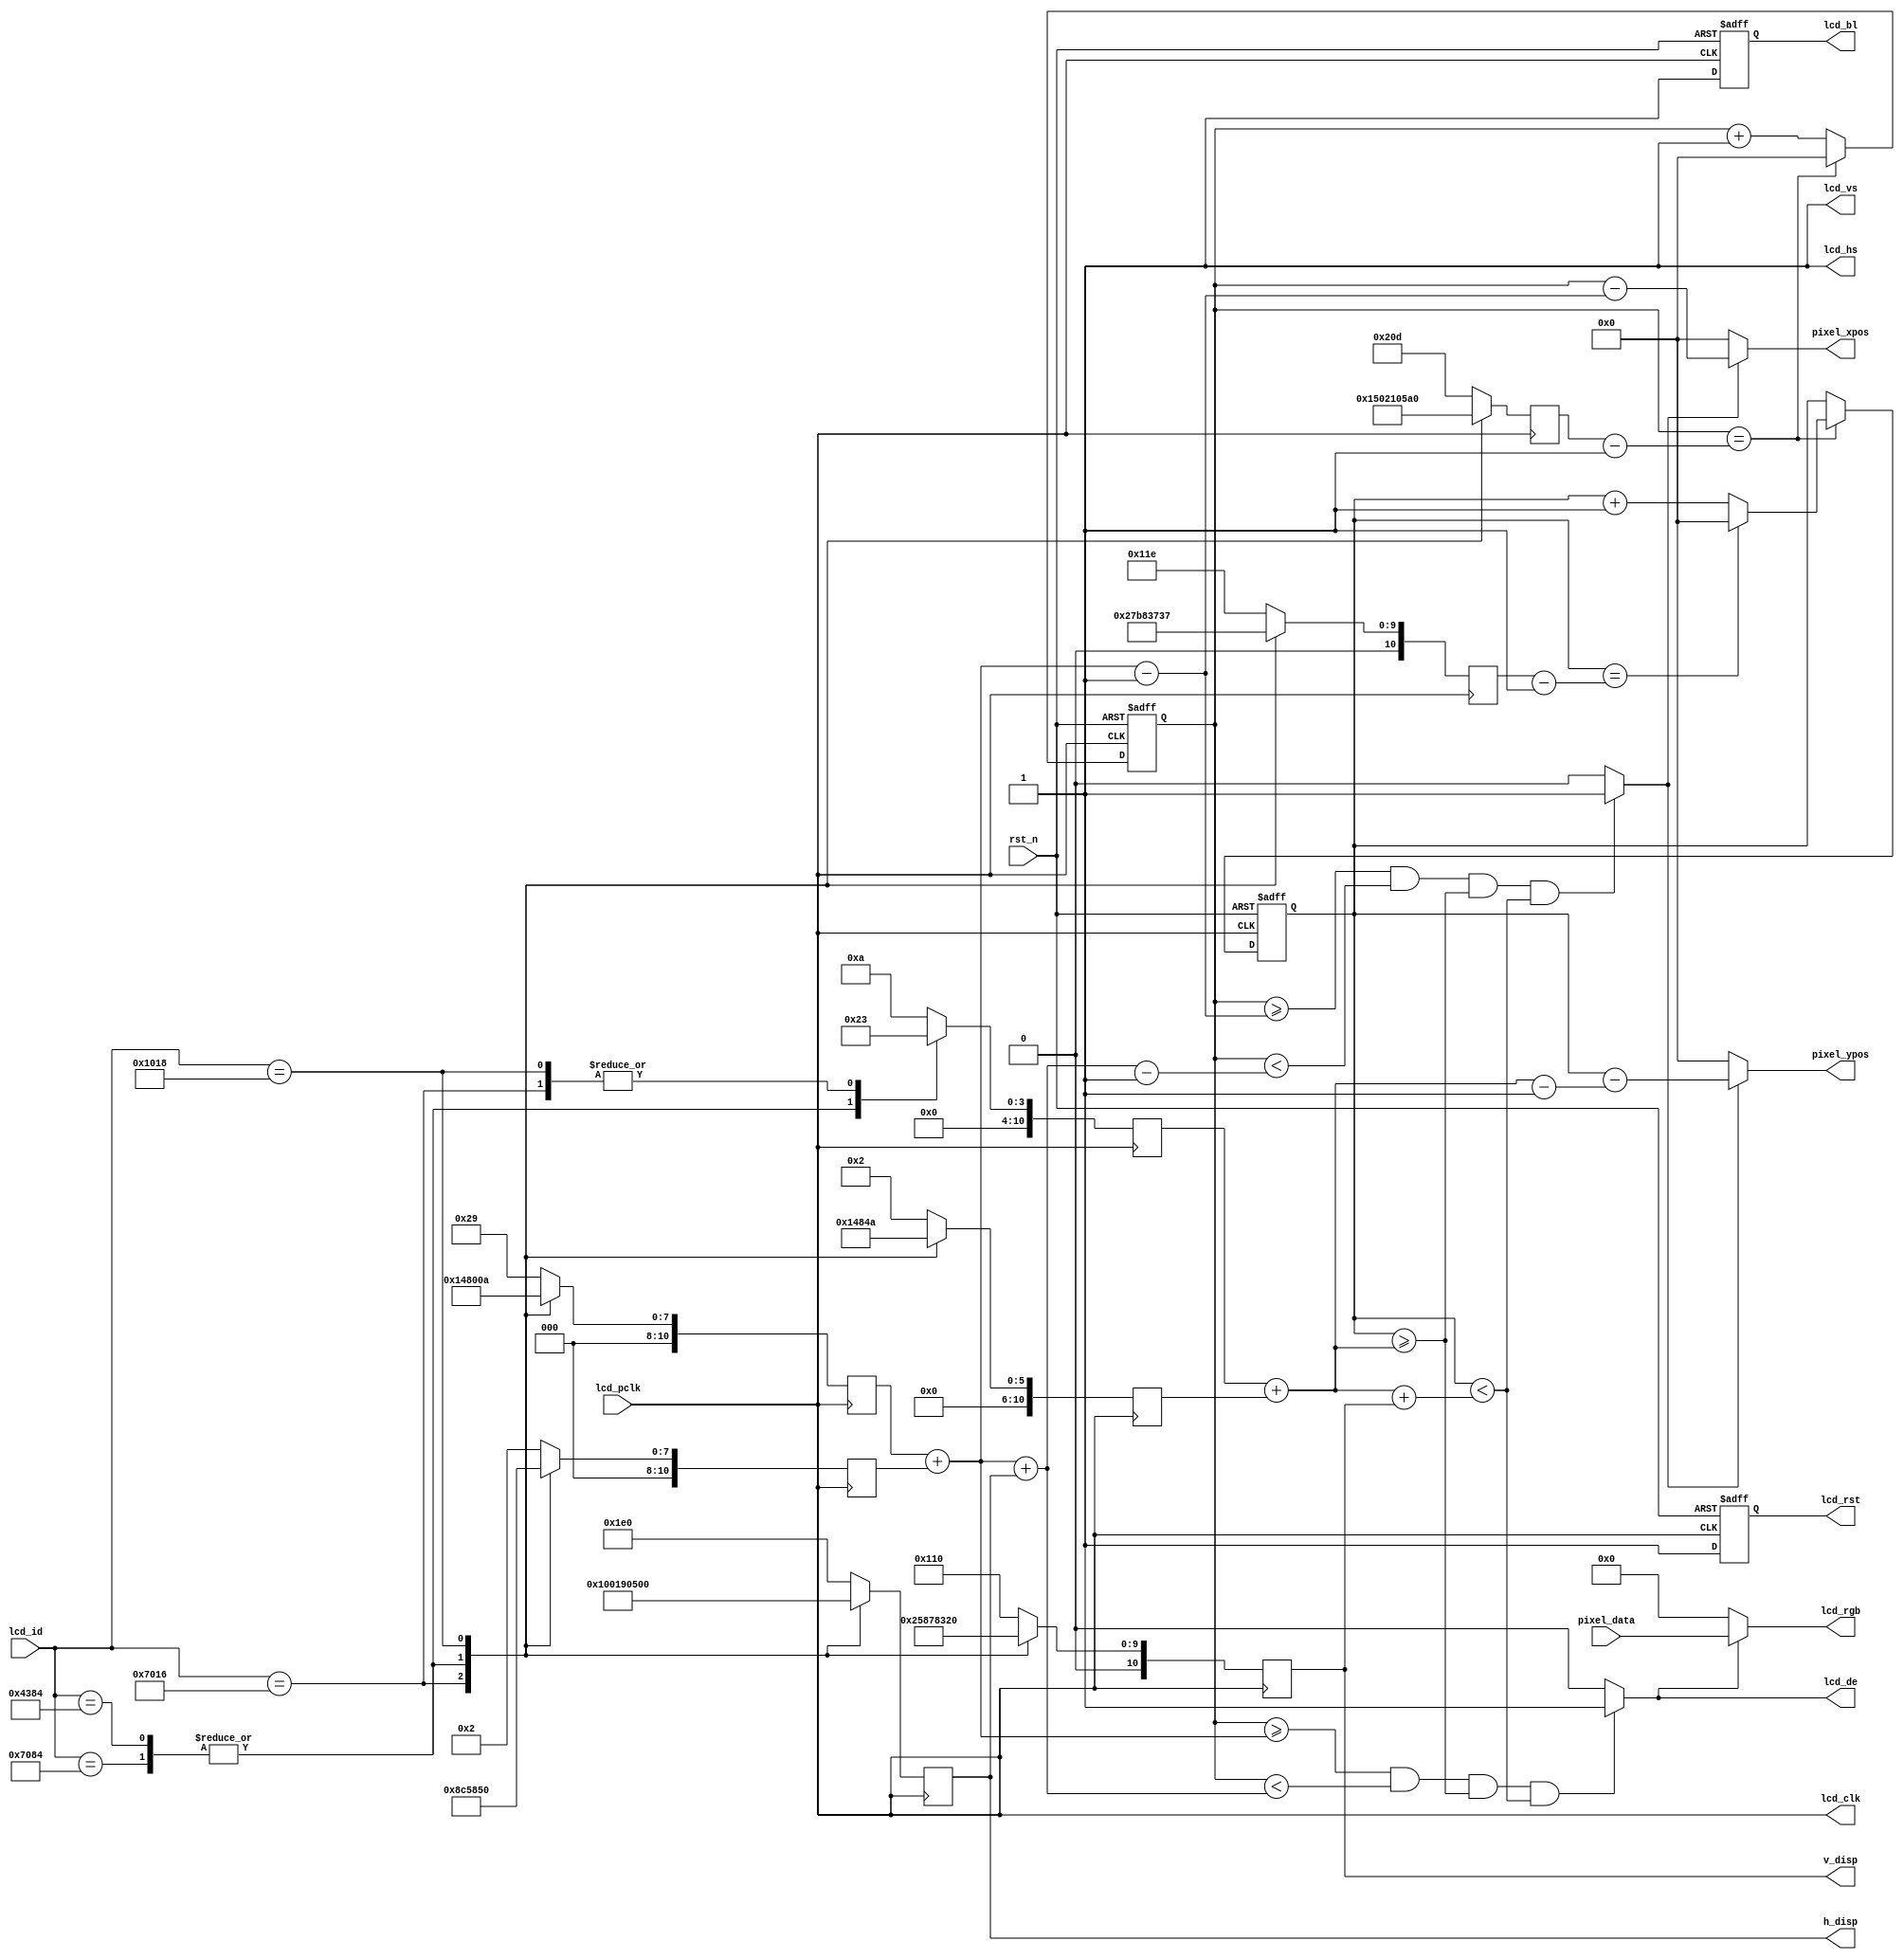
/****************************************************************************************
	
	File name    : lcd_driver.v
	LastEditors  : H
	LastEditTime : 2021-09-14 17:16:38
	Last Version : 1.0
	Description  : lcd driver, low level module
	
	----------------------------------------------------------------------------------------
	
	Author       : H
	Date         : 2021-09-14 16:11:24
	FilePath     : lcd_driver.v
	Copyright 2021 H, All Rights Reserved. 
	
 ****************************************************************************************/
module lcd_driver(
    // System Clock
    input        lcd_pclk,
    input        rst_n,

    // User Interface
    input       [15:0]      lcd_id,
    input       [15:0]      pixel_data,

    output      [10:0]      pixel_xpos,
    output      [10:0]      pixel_ypos,
    output  reg [10:0]      h_disp,
    output  reg [10:0]      v_disp,
    // rgb lcd port
    output                  lcd_de,
    output                  lcd_hs,
    output                  lcd_vs,
    output  reg             lcd_bl,
    output                  lcd_clk,
    output      [15:0]      lcd_rgb,
    output  reg             lcd_rst
);

//parameter define  
// 4.3' 480*272
parameter  H_SYNC_4342   =  11'd41;     //
parameter  H_BACK_4342   =  11'd2;      //
parameter  H_DISP_4342   =  11'd480;    //
parameter  H_FRONT_4342  =  11'd2;      //
parameter  H_TOTAL_4342  =  11'd525;    //
   
parameter  V_SYNC_4342   =  11'd10;     //
parameter  V_BACK_4342   =  11'd2;      //
parameter  V_DISP_4342   =  11'd272;    //
parameter  V_FRONT_4342  =  11'd2;      //
parameter  V_TOTAL_4342  =  11'd286;    //
   
// 7' 800*480   
parameter  H_SYNC_7084   =  11'd128;    //
parameter  H_BACK_7084   =  11'd88;     //
parameter  H_DISP_7084   =  11'd800;    //
parameter  H_FRONT_7084  =  11'd40;     //
parameter  H_TOTAL_7084  =  11'd1056;   //
   
parameter  V_SYNC_7084   =  11'd2;      //
parameter  V_BACK_7084   =  11'd33;     //
parameter  V_DISP_7084   =  11'd480;    //
parameter  V_FRONT_7084  =  11'd10;     //
parameter  V_TOTAL_7084  =  11'd525;    //       
   
// 7' 1024*600   
parameter  H_SYNC_7016   =  11'd20;     //
parameter  H_BACK_7016   =  11'd140;    //
parameter  H_DISP_7016   =  11'd1024;   //
parameter  H_FRONT_7016  =  11'd160;    //
parameter  H_TOTAL_7016  =  11'd1344;   //
   
parameter  V_SYNC_7016   =  11'd3;      //
parameter  V_BACK_7016   =  11'd20;     //
parameter  V_DISP_7016   =  11'd600;    //
parameter  V_FRONT_7016  =  11'd12;     //
parameter  V_TOTAL_7016  =  11'd635;    //
   
// 10.1' 1280*800   
parameter  H_SYNC_1018   =  11'd10;     //
parameter  H_BACK_1018   =  11'd80;     //
parameter  H_DISP_1018   =  11'd1280;   //
parameter  H_FRONT_1018  =  11'd70;     //
parameter  H_TOTAL_1018  =  11'd1440;   //
   
parameter  V_SYNC_1018   =  11'd3;      //
parameter  V_BACK_1018   =  11'd10;     //
parameter  V_DISP_1018   =  11'd800;    //
parameter  V_FRONT_1018  =  11'd10;     //
parameter  V_TOTAL_1018  =  11'd823;    //

// 4.3' 800*480   
parameter  H_SYNC_4384   =  11'd128;    //
parameter  H_BACK_4384   =  11'd88;     //
parameter  H_DISP_4384   =  11'd800;    //
parameter  H_FRONT_4384  =  11'd40;     //
parameter  H_TOTAL_4384  =  11'd1056;   //
   
parameter  V_SYNC_4384   =  11'd2;      //
parameter  V_BACK_4384   =  11'd33;     //
parameter  V_DISP_4384   =  11'd480;    //
parameter  V_FRONT_4384  =  11'd10;     //
parameter  V_TOTAL_4384  =  11'd525;    //   

// reg define
reg [10:0] h_sync;
reg [10:0] h_back;
reg [10:0] h_total;
reg [10:0] v_sync;
reg [10:0] v_back;
reg [10:0] v_total;
reg [10:0] h_cnt;
reg [10:0] v_cnt;

// wire define
wire lcd_en;
wire data_req;

/*******************************************************************************
 *                                 Main Code
*******************************************************************************/
assign lcd_hs = 1'b1;
assign lcd_vs = 1'b1;

assign lcd_clk = lcd_pclk;
assign lcd_de = lcd_en;

// RGB565
assign lcd_en = ((h_cnt >= h_sync + h_back) && (h_cnt < h_sync + h_back + h_disp)
                &&(v_cnt >= v_sync + v_back) && (v_cnt < v_sync + v_back + v_disp))
                ? 1'b1 : 1'b0;

// 
assign data_req = ((h_cnt >= h_sync + h_back - 1'b1) && (h_cnt < h_sync + h_back + h_disp - 1'b1)
                &&(v_cnt >= v_sync + v_back) && (v_cnt < v_sync + v_back + v_disp))
                ? 1'b1 : 1'b0;

// 
assign pixel_xpos = data_req ? (h_cnt - (h_sync + h_back - 1'b1)) : 11'b0;
assign pixel_ypos = data_req ? (v_cnt - (v_sync + v_back - 1'b1)) : 11'b0;

// RGB565
assign lcd_rgb = lcd_en ? pixel_data : 16'b0;

always @(posedge lcd_pclk) begin
    case(lcd_id)
        16'h4342 : begin
            h_sync  <= H_SYNC_4342; 
            h_back  <= H_BACK_4342; 
            h_disp  <= H_DISP_4342; 
            h_total <= H_TOTAL_4342;
            v_sync  <= V_SYNC_4342; 
            v_back  <= V_BACK_4342; 
            v_disp  <= V_DISP_4342; 
            v_total <= V_TOTAL_4342;            
        end
        16'h7084 : begin
            h_sync  <= H_SYNC_7084; 
            h_back  <= H_BACK_7084; 
            h_disp  <= H_DISP_7084; 
            h_total <= H_TOTAL_7084;
            v_sync  <= V_SYNC_7084; 
            v_back  <= V_BACK_7084; 
            v_disp  <= V_DISP_7084; 
            v_total <= V_TOTAL_7084;        
        end
        16'h7016 : begin
            h_sync  <= H_SYNC_7016; 
            h_back  <= H_BACK_7016; 
            h_disp  <= H_DISP_7016; 
            h_total <= H_TOTAL_7016;
            v_sync  <= V_SYNC_7016; 
            v_back  <= V_BACK_7016; 
            v_disp  <= V_DISP_7016; 
            v_total <= V_TOTAL_7016;            
        end
        16'h4384 : begin
            h_sync  <= H_SYNC_4384; 
            h_back  <= H_BACK_4384; 
            h_disp  <= H_DISP_4384; 
            h_total <= H_TOTAL_4384;
            v_sync  <= V_SYNC_4384; 
            v_back  <= V_BACK_4384; 
            v_disp  <= V_DISP_4384; 
            v_total <= V_TOTAL_4384;             
        end        
        16'h1018 : begin
            h_sync  <= H_SYNC_1018; 
            h_back  <= H_BACK_1018; 
            h_disp  <= H_DISP_1018; 
            h_total <= H_TOTAL_1018;
            v_sync  <= V_SYNC_1018; 
            v_back  <= V_BACK_1018; 
            v_disp  <= V_DISP_1018; 
            v_total <= V_TOTAL_1018;        
        end
        default : begin
            h_sync  <= H_SYNC_4342; 
            h_back  <= H_BACK_4342; 
            h_disp  <= H_DISP_4342; 
            h_total <= H_TOTAL_4342;
            v_sync  <= V_SYNC_4342; 
            v_back  <= V_BACK_4342; 
            v_disp  <= V_DISP_4342; 
            v_total <= V_TOTAL_4342;          
        end
    endcase
end

// 
always @(posedge lcd_clk or negedge rst_n ) begin
    if(!rst_n)begin
        h_cnt <= 11'b0;
    end
    else if (h_cnt == h_total - 1'b1) begin
        h_cnt <= 11'b0;
    end
    else
        h_cnt <= h_cnt + 1'b1;
end

// 
always @(posedge lcd_clk or negedge rst_n ) begin
    if(!rst_n)begin
        v_cnt <= 11'b0;
    end
    else begin
        if (h_cnt == h_total - 1'b1) begin
            if (v_cnt == v_total - 1'b1) begin
            v_cnt <= 11'b0;
            end
            else
            v_cnt <= v_cnt + 1'b1;
        end
    end
end
always @(posedge lcd_clk or negedge rst_n ) begin
    if(!rst_n)begin
        lcd_rst <= 1'b0;
        lcd_bl <= 1'b0;
    end
    else begin
        lcd_rst <= 1'b1;
        lcd_bl <= 1'b1;
    end
end
endmodule